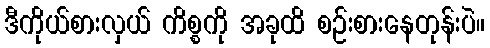
ဒီကိုယ်စားလှယ် ကိစ္စကို အခုထိ စဉ်းစားနေတုန်းပဲ။